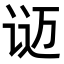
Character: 𬣴